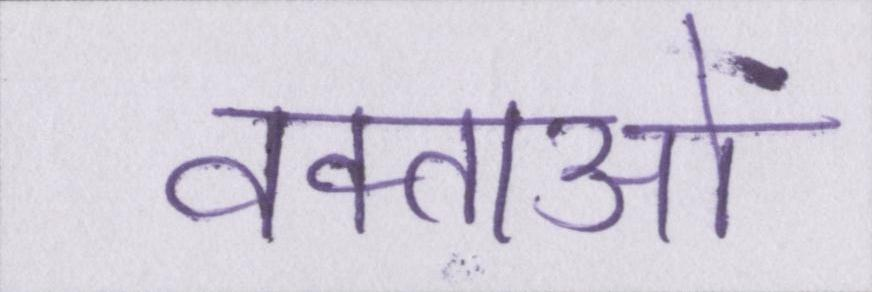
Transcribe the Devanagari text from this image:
वक्ताओं